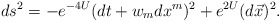
\begin{align*}ds^2 =-e^{-4 U}(dt+w_mdx^m)^2 +e^{2 U} (d\vec{x})^2.\end{align*}